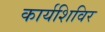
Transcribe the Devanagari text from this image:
कार्यशिविर